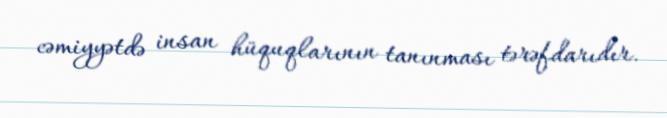
cəmiyyətdə insan hüquqlarının tanınması tərəfdarıdır.